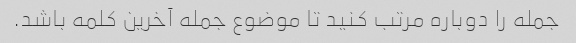
جمله را دوباره مرتب کنید تا موضوع جمله آخرین کلمه باشد.